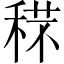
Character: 𥟼